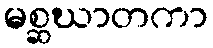
မစ္ဆဃာတကာ